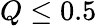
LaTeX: Q\le 0.5